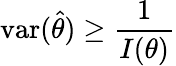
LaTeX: \operatorname{var}({\hat{\theta}})\geq{\frac{1}{I(\theta)}}